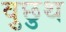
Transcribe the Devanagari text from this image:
वुछुथ